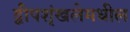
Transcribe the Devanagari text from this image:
द्वीपशृंखलेमधील